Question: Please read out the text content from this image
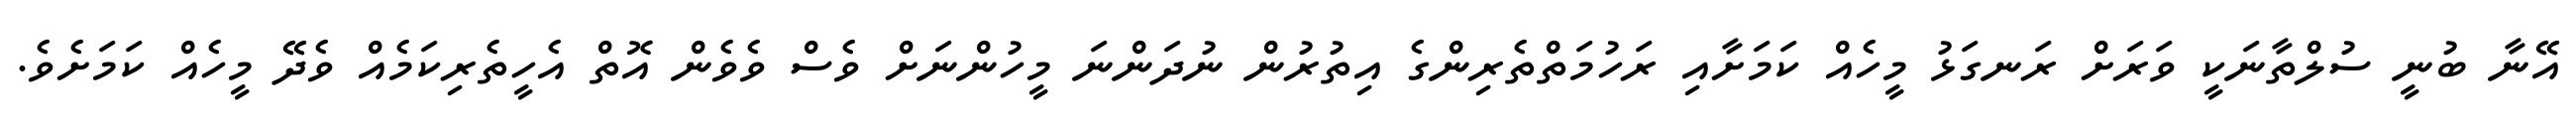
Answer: އޭނާ ބުނީ ސުލްތާނަކީ ވަރަށް ރަނގަޅު މީހެއް ކަމަށާއި ރަހުމަތްތެރިންގެ އިތުރުން ނުދަންނަ މީހުންނަށް ވެސް ވެވެން އޮތް އެހީތެރިކަމެއް ވެދޭ މީހެއް ކަމަށެވެ.